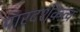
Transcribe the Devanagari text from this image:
पारदर्शकत्व